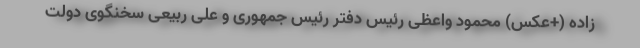
زاده (+عکس) محمود واعظی رئیس دفتر رئیس جمهوری و علی ربیعی سخنگوی دولت